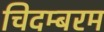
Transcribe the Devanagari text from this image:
चिदम्‍बरम